Statistical return of the lunatic asylum in Assam - 1912-1932
Year: 1912
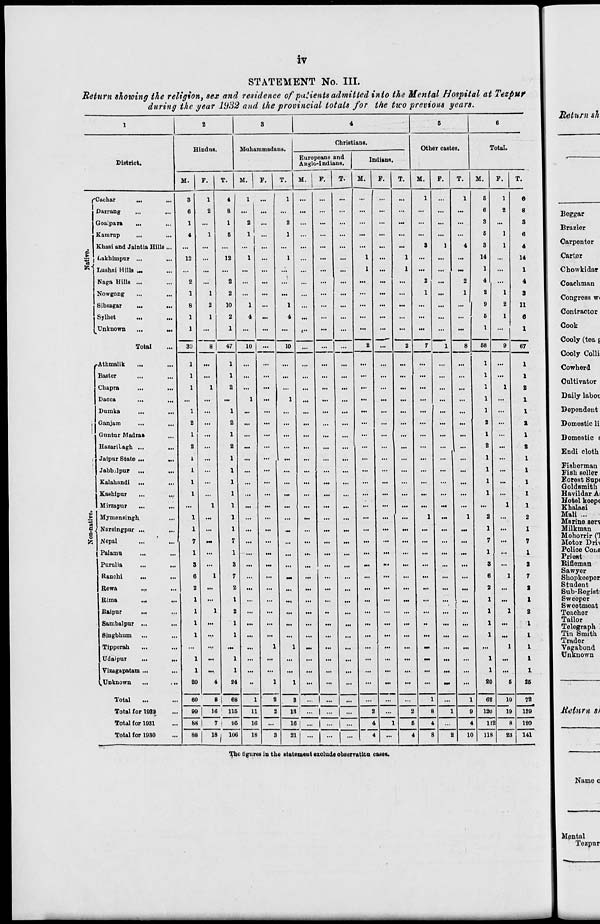
iv
STATEMENT No. III.
Return showing the religion, sex and residence of patients admitted into the Mental Hospital at Tezpur
during the year 1932 and the provincial totals for the two previous years.
Return sh
1
2
3
4
6
6
Christians.
Hindus.
M-uhammada us.
Other canton.
Total.
Europeans and
District.
Anglo-Indians.
M.
F.
T.
M.
F. j T.
M. | F.
T.
M.
F.
T.
M.
F.
T.
M.
F.
T.
/-Cachar
...
...
3
e
1
2
4
8
1
1
...
...
...
...
1
1
6
6
1
2
ft
8
Darrang
...
...
Beggar
Goaipara
...
l
...
1
2
...
2
...
...
...
...
...
...
...
...
...
3
...
3
Brazier
Kamrup
...
4
1
6
1
...
1
...
...
...
...
...
...
...
...
...
6
1
6
Khasi and Jaintia Ilillt i...
...
...
...
•••
...
...
...
...
...
3
1
4
3
1
4
Carpenter
$1 Lakhimpur ...
...
12
...
12
1
...
1
...
...
...
1
...
1
...
...
...
14
,..
14
Carter
&■ Lushai Hills ...
...
...
...
...
...
...
...
...
...
...
1
...
1
...
...
...
1
...
1
Chowkidar
Naga Hills ...
...
2
...
2
...
...
...
...
...
...
...
...
...
2
...
2
4
...
4
Coachman
Nowgong
...
1
1
2
...
...
...
...
...
...
...
...
...
1
...
1
2
1
3
Congress w<
Sibsagar
...
...
8
2
10
1
...
1
...
...
...
...
...
...
...
...
...
9
2
11
Contractor
Sylhet
...
...
1
1
2
4
...
4
...
...
...
...
...
...
...
...
...
6
1
6
. Unknown
...
H.
1
...
1
...
...
...
i-
...
...
"•
...
...
...
...
...
1
...
1
Cook
Cooly (tea g
Cooly Colli
Total
...
3*J
8 | 47
10 | ...
10
...
...
...
2
...
2
7
1
8
58
9
67
1
•Athmalik
...
Baster
...
1
1
1
1
...
...
...
...
...
...
•••
...
...
1
1
...
1
1
Cowherd
Cultivator
Chapra
...
1
1
2
...
...
...
...
...
...
...
...
...
...
...
...
1
1
2
Dacca
...
...
...
1
...
1
...
...
...
...
...
1
...
1
Daily laboi
Dumka
...
1
...
1
...
...
...
...
...
...
...
...
...
...
...
...
1
...
1
Dependent
i
Ganjam
...
2
...
2
...
...
...
...
...
...
...
...
...
...
...
...
2
...
2
Domestic li
! Guntar Madras
...
1
...
1
...
...
...
...
...
...
...
...
...
...
...
...
1
...
1
Domestic t
HazariLagh ...
...
2
...
2
...
...
...
...
...
...
...
...
...
...
1 - 2 ... 2
Endi cloth
i
Jaipur State ...
Ml
1
...
1
...
...
...
...
...
...
...
...
...
...
1
...
1
i
Fisherman
Jubb.lpur ...
...
1
...
1
...
...
...
...
...
...
...
...
...
...
...
...
1
...
1
Fish seller
Kalahundi ...
...
1
...
1
...
...
...
...
...
...
...
...
...
...
...
...
1
...
1
Forest Supc
Goldsmith
Kashipur
•V
1
...
1
...
...
...
...
...
...
...
...
...
...
...
...
1
1
1
Havildar Ai
Hotel keepc
Mirzapur
...
...
...
1
1
...
...
...
...
...
...
...
...
...
...
...
...
...
1
Khalasi
> Mymensingh
...
1
...
1
...
...
...
...
...
...
...
...
...
1
...
1
2
...
2
Mali ...
Marine serv
<? j Narsingpur ...
1
...
1
...
...
...
...
...
...
...
...
...
1
...
I
Milkman
a
.
Mohorrir O
fc Nepal
...
7
M.
7
...
...
...
...
...
...
...
...
...
...
...
...
7
...
7
Motor Dri\
Falamu
...
...
1
...
1
...
...
...
...
...
...
...
...
...
...
...
...
1
...
1
Police Cone
Priest
Purulia
...
3
...
3
...
...
...
...
...
...
...
—
...
...
...
...
3
...
3
Rifleman
Sawyer
Ranchi
...
6
1
7
...
...
Ml
...
...
...
...
...
...
...
...
...
6
1
7
Shopkeeper
Rewa
...
2
...
2
...
...
...
...
...
...
...
...
...
...
...
...
2
...
2
Student
Sub-Registi
Rima
...
...
1
...
1
...
...
...
...
...
...
...
...
...
...
'".
...
1
...
1
Sweoper
Sweetmeat
Baipur
...
...
1
1
2
...
...
...
...
..
...
...
...
...
...
...
...
1
1
2
Teacher
Sambalpur ...
...
1
...
1
...
...
...
...
...
...
...
...
...
»
...
...
1
...
1
Tailor
Telegraph '
Singbhum
...
1
•••
1
...
...
...
... ! ...
...
...
...
...
...
...
...
1
...
1
Tin Smith
Trader
Tipperah
...
...
•V
...
...
1
1
...
...
...
...
...
...
N.
...
...
...
1
1
Vagabond
Unknown
Udaipur
...
1
...
1
...
...
...
...
...
...
...
...
...
...
...
...
1
...
1
Vizagapatam ...
...
1
...
1
...
...
...
...
...
...
...
...
...
...
...
...
1
...
1
(.Unknown
20
4
24
'"
1
1
...
>••
M«
20
6
25
Total
...
60
8 | 68
1
2
3 —| ...
...
...
...
...
1
...
1
62
10
72^
189
120
141
Total for 1932
00 |
16
115
f 05
11
16
18
2
M "I ... | ...
...
2
1
2
8
1
0
121)
19
Meinrn si
Total for 1031
88 |
7
16 | ... | ... | ...
4
6
4
4
11 2
8
Total for 1930
88
18 . 106
3
21
...
...
... 1 4
...
4
8
I
10
118
23
T^je figures in the statement exclude observation cases.
Name o
Mpntal
Tezpur